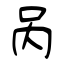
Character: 呙